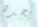
يجده